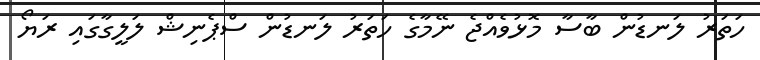
ހަތަރު ލަނޑުން ބާސާ މޮޅުވެއްޖެ ނޭމާގެ ހަތަރު ލަނޑުން ސްޕެނިޝް ލަލީގާގައި ރަޔޯ